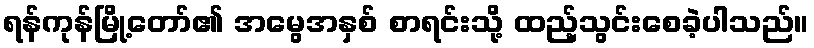
ရန်ကုန်မြို့တော်၏ အမွေအနှစ် စာရင်းသို့ ထည့်သွင်းစေခဲ့ပါသည်။